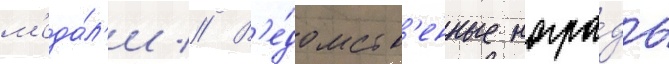
м'еда́л'и // В'е́домств'енные награ́ды